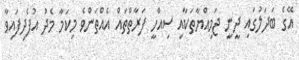
އޭގެ ބަދަލުގައި ދީނީ ޖަމިއްޔާތަކާއި ސިއްހީ ފަރާތްތައް އެއްތަންވެ މިކަމާ މެދު އުފެދިފައިވާ